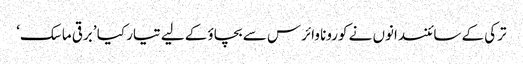
ترکی کے سائنسدانوں نے کورونا وائرس سے بچاؤ کے لیے تیار کیا ’برقی ماسک‘